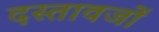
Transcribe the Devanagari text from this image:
दस्तावजों